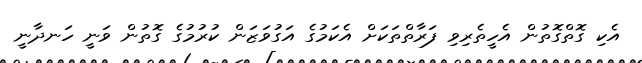
އެކި ގޮތްގޮތުން އެހީތެރިވި ފަރާތްތަކަށް އެކަމުގެ އަގުވަޒަން ކުރުމުގެ ގޮތުން ވަނީ ހަނދާނީ